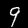
Label: 9